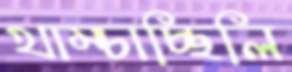
খাম্‌চাচ্ছিলি